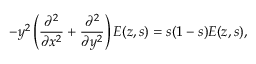
- y ^ { 2 } \left( { \frac { \partial ^ { 2 } } { \partial x ^ { 2 } } } + { \frac { \partial ^ { 2 } } { \partial y ^ { 2 } } } \right) E ( z , s ) = s ( 1 - s ) E ( z , s ) ,